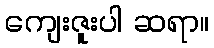
ကျေးဇူးပါ ဆရာ။